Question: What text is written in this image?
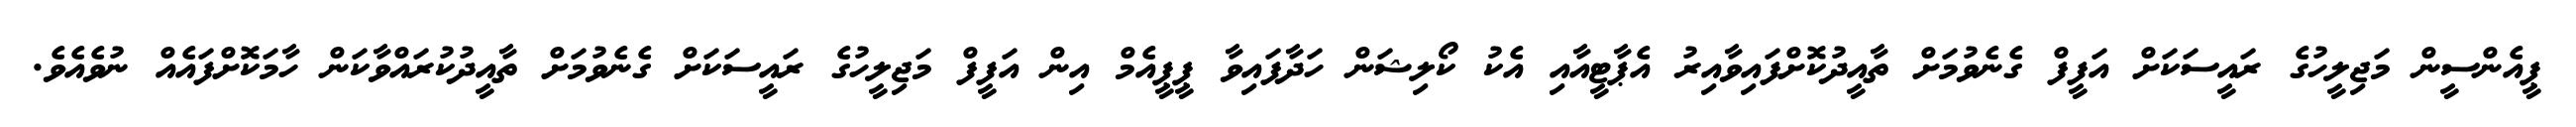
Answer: ޕީއެންސީން މަޖިލީހުގެ ރައީސަކަށް އަފީފް ގެނެވުމަށް ތާއީދުކޮށްފައިވާއިރު އެޕާޓީއާއި އެކު ކޯލިޝަން ހަދާފައިވާ ޕީޕީއެމް އިން އަފީފް މަޖިލީހުގެ ރައީސަކަށް ގެނެވުމަށް ތާއީދުކުރައްވާކަން ހާމަކޮށްފައެއް ނުވެއެވެ.